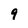
Character: 9